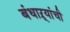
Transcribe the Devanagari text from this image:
बंधाऱ्यांची